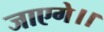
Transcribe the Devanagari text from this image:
जाएगे।।